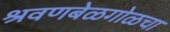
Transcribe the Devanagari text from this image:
श्रवणबेळगोळचा